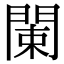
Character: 𨴨